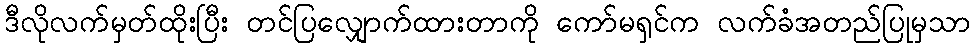
ဒီလိုလက်မှတ်ထိုးပြီး တင်ပြလျှောက်ထားတာကို ကော်မရှင်က လက်ခံအတည်ပြုမှသာ